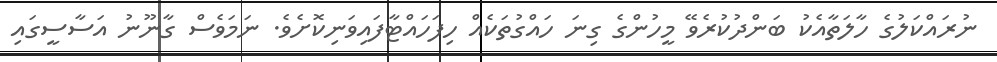
ނުރައްކަލުގެ ހާލަތާއެކު ބަންދުކުރެވޭ މީހުންގެ ގިނަ ހައްގުތަކެއް ހިފަހައްޓާފައިވަނިކޮށެވެ. ނަމަވެސް ގާނޫނު އަސާސީގައި